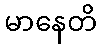
မာနေတိ